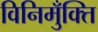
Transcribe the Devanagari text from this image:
विनिमुँक्ति